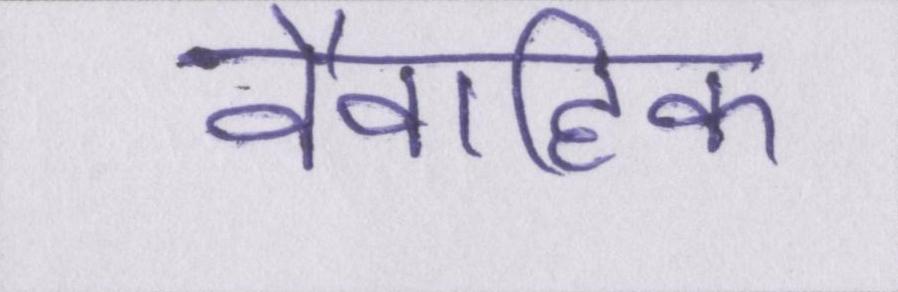
वैवाहिक